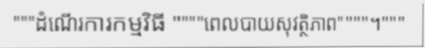
"""ដំណើរការកម្មវិធី """"ពេលបាយសុវត្ថិភាព""""។"""